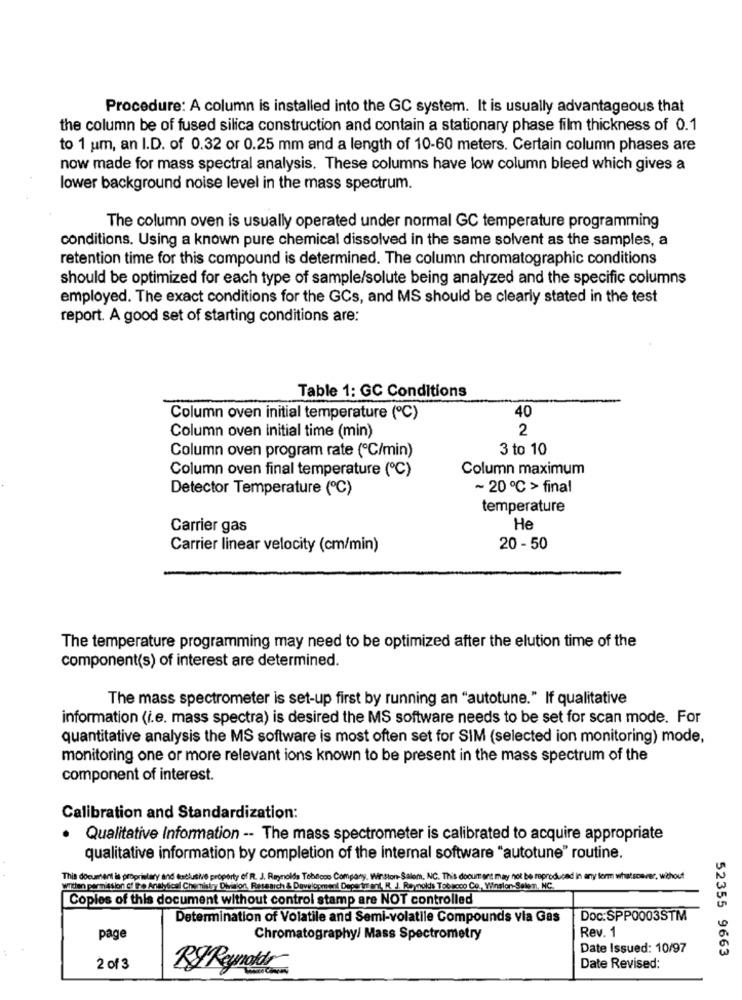
Procedure: A column is installed into the GC system. It is usually advantageous that
the column be of fused silica construction and contain a stationary phase film thickness of 0.1
to 1 um, an I.D. of 0.32 or 0.25 mm and a length of 10-60 meters. Certain column phases are
now made for mass spectral analysis. These columns have low column bleed which gives a
lower background noise level in the mass spectrum.
The column oven is usually operated under normal GC temperature programming
conditions. Using a known pure chemical dissolved in the same solvent as the samples, a
retention time for this compound is determined. The column chromatographic conditions
should be optimized for each type of sample/solute being analyzed and the specific columns
employed. The exact conditions for the GCs, and MS should be clearly stated in the test
report. A good set of starting conditions are:
Table 1: GC Conditions
Column oven initial temperature (℃)
40
2
Column oven initial time (min)
3 to 10
Column oven program rate (C/min)
Column oven final temperature (℃)
Column maximum
Detector Temperature (℃)
~ 20 ℃ > final
temperature
Carrier gas
He
Carrier linear velocity (cm/min)
20 - 50
The temperature programming may need to be optimized after the elution time of the
component(s) of interest are determined.
The mass spectrometer is set-up first by running an "autotune." If qualitative
information (i.e. mass spectra) is desired the MS software needs to be set for scan mode. For
quantitative analysis the MS software is most often set for SIM (selected ion monitoring) mode,
monitoring one or more relevant ions known to be present in the mass spectrum of the
component of interest.
Calibration and Standardization:
Qualitative Information -- The mass spectrometer is calibrated to acquire appropriate
qualitative information by completion of the internal software "autotune" routine.
This document is proprietary and daclusive property of R. J. Reynolds Tebecoo Company. Winston-Salem, NC. This document may not be reproduced in any form whatsoever, without
written permission of fre Analytical Chemistry Divisiont, Research & Development Deperiment, R. J. Reynolds Tobacco Co, Winston-Salem, NC.
Copies of this document without control stamp are NOT controlled
Determination of Volatile and Semi-volatile Compounds via Gas
Doc:SPP0003STM
Rev. 1
page
Chromatography/ Mass Spectrometry
Date Issued: 10/97
52355 9663
2 013
Date Revised: